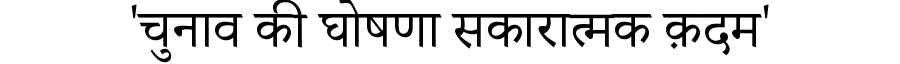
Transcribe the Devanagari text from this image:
'चुनाव की घोषणा सकारात्मक क़दम'